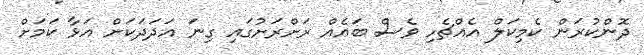
ދޮންކުރަން ކެމިކަލް އެއްޗެހި ވެސް ބައެއް ރަށްރަށުގައި ގިނަ އަދަދަކަށް އަޅާ ކަމަށް